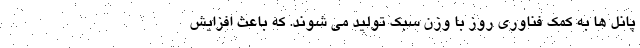
پانل ها به کمک فناوری روز با وزن سبک تولید می شوند. که باعث افزایش